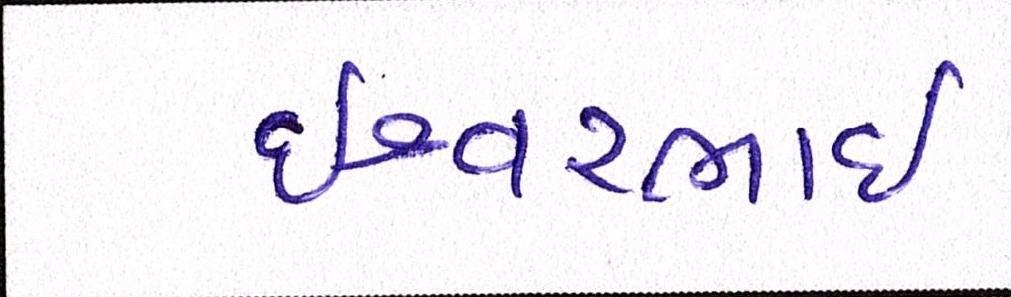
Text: ઇશ્વરભાઇ